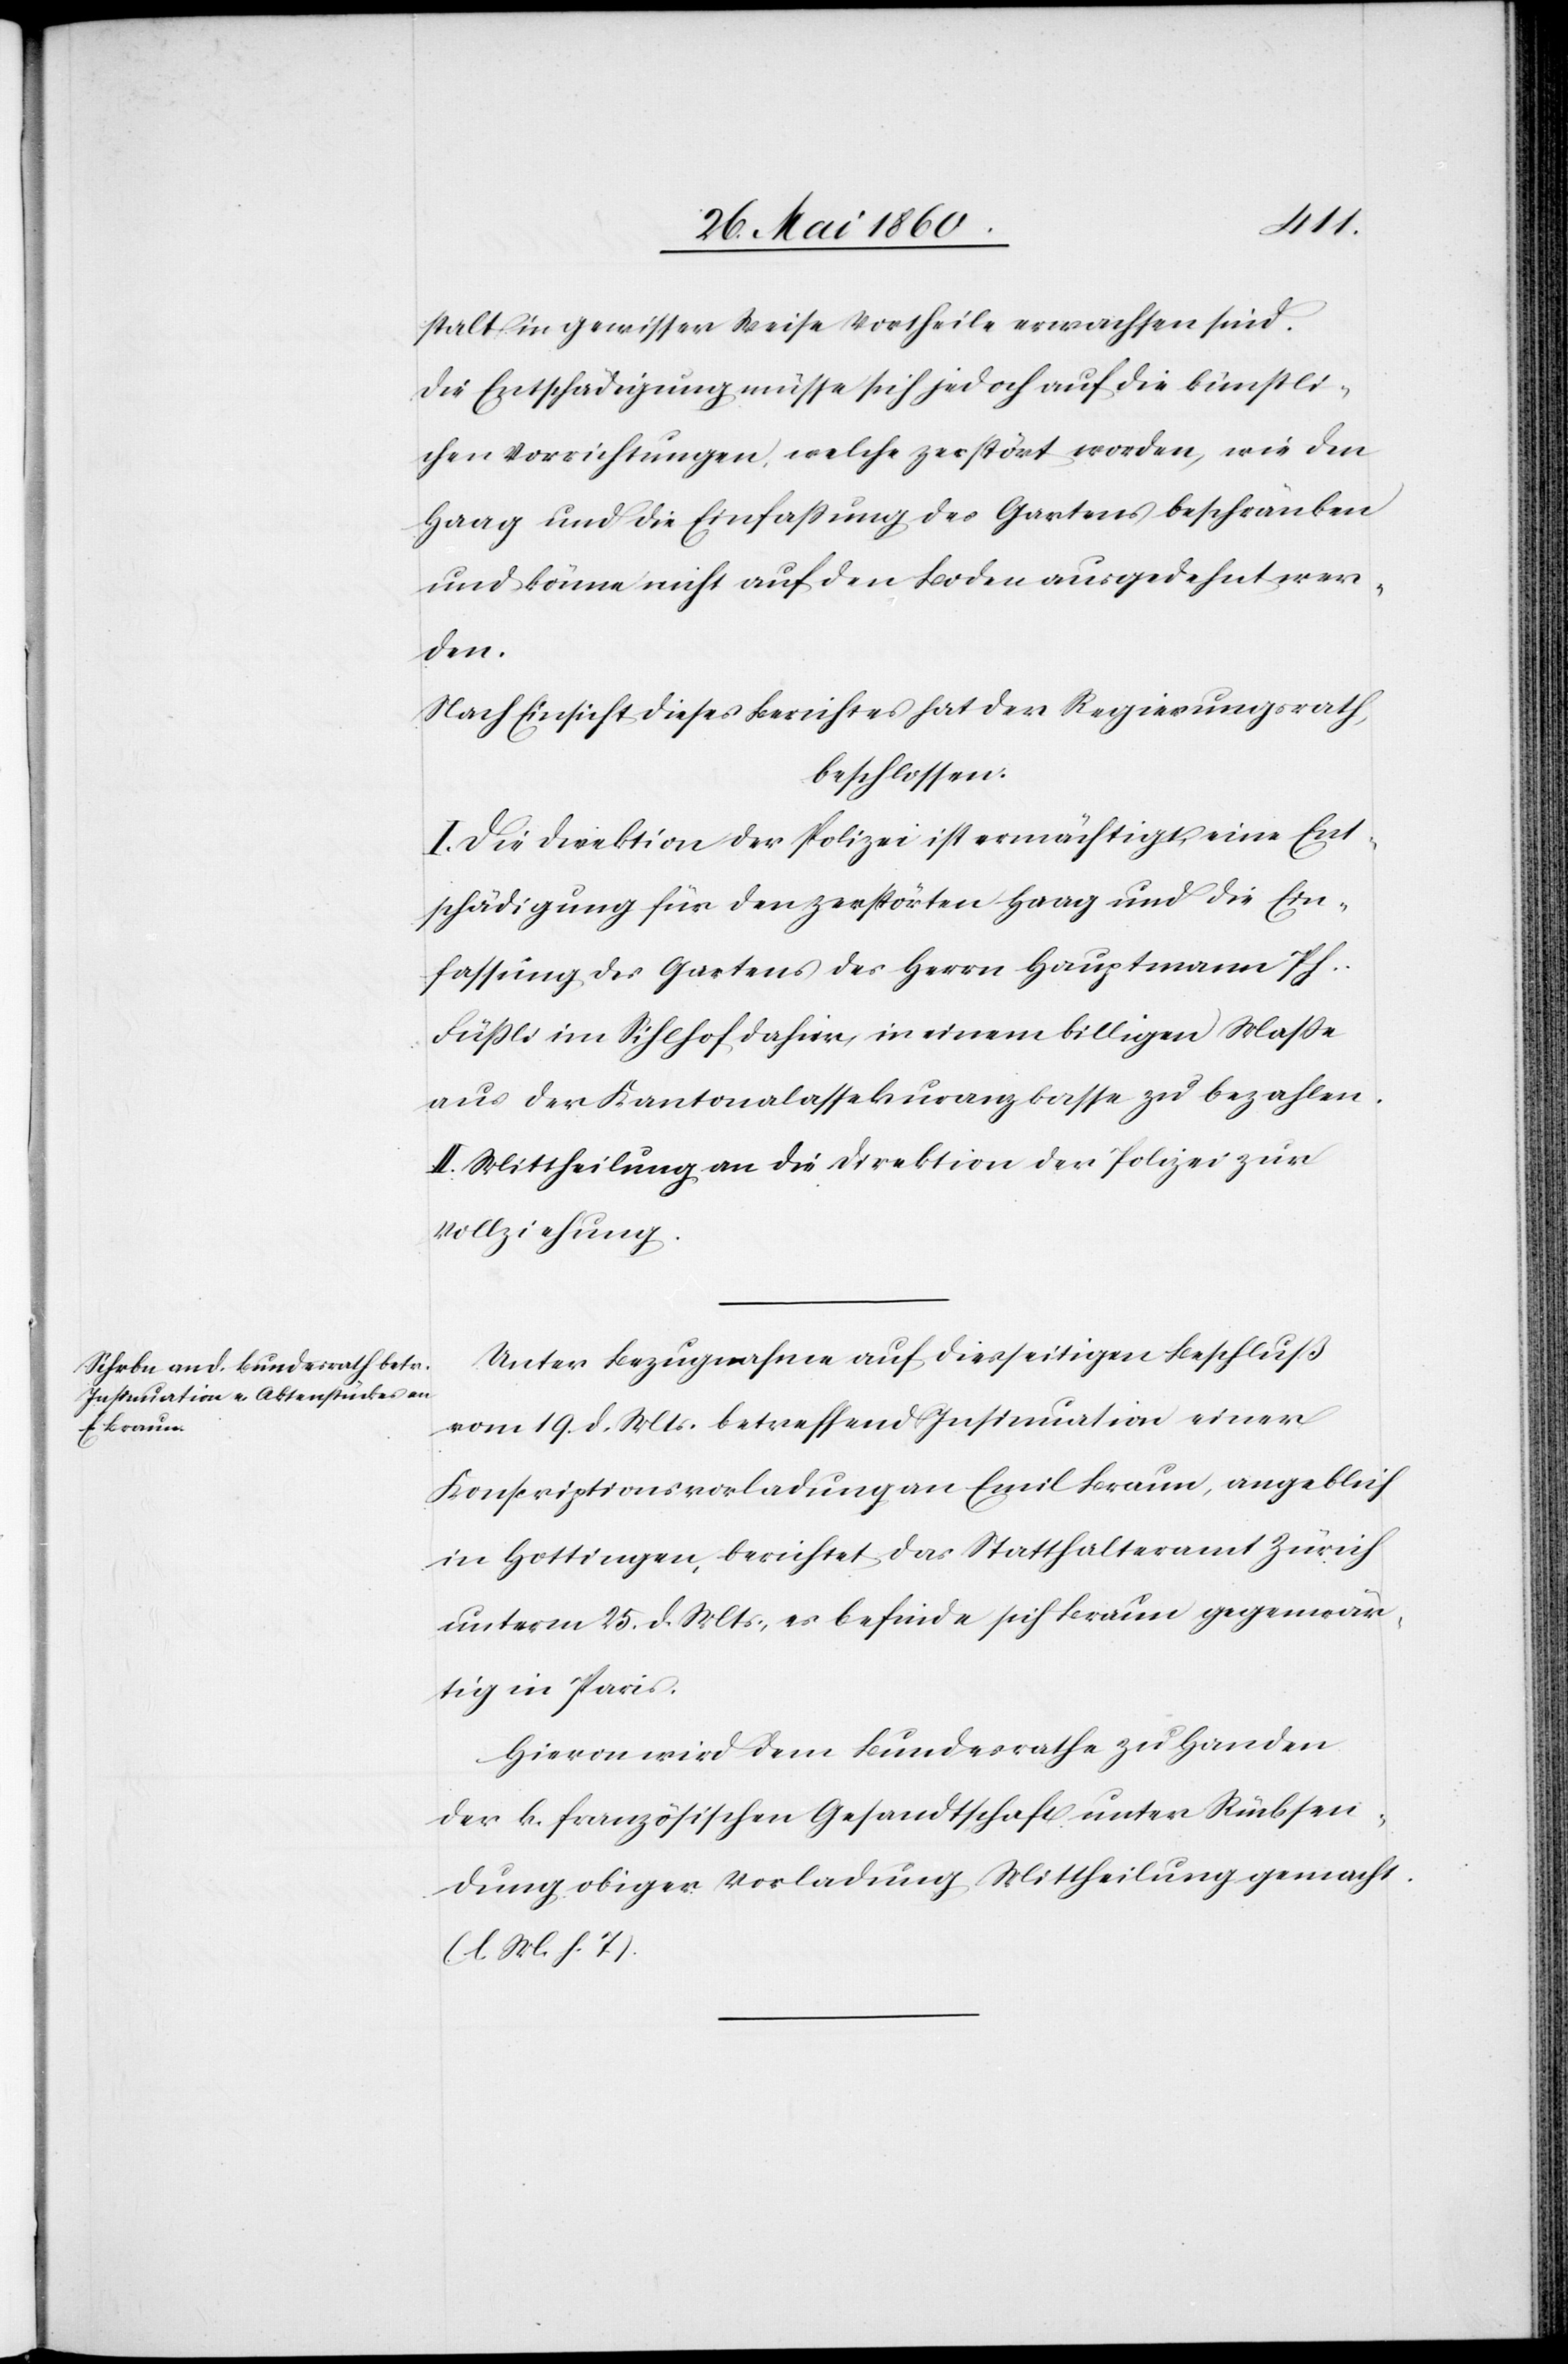
stalt in gewisser Weise Vortheile erwachsen sind.
Die Entschädigung müsse sich jedoch auf die künstli¬
chen Vorrichtungen, welche zerstört worden, wie den
Haag und die Einfassung des Gartens beschränken
und könne nicht auf den Boden ausgedehnt wer¬
den.
Nach Einsicht eines Berichtes hat der Regierungsrath,
beschlossen:
I. Die Direktion der Polizei ist ermächtigt, eine Ent¬
schädigung für den zerstörten Haag und die Ein¬
fassung des Gartens des Herrn Hauptmann Ph.
Füssli im Sihlhof dahier, in einem billigen Masse
aus der Kantonalassekuranzkasse zu bezahlen.
II. Mittheilung an die Direktion der Polizei zur
Vollziehung.
Unter Bezugnahme auf diesseitigen Beschluß
vom 19. d. Mts. betreffend Insinuation einer
Konscriptionsvorladung an Emil Braun, angeblich
in Hottingen, berichtet das Statthalteramt Zürich
unterm 25. d. Mts, es befinde sich Braun gegenwär¬
tig in Paris.
Hievon wird dem Bundesrathe zu Handen
der k. französischen Gesandtschaft unter Rücksen¬
dung obiger Vorladung Mittheilung gemacht.
(l. M. h. T).